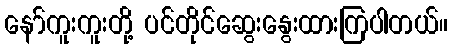
နော်ကူးကူးတို့ ပင်တိုင်ဆွေးနွေးထားကြပါတယ်။